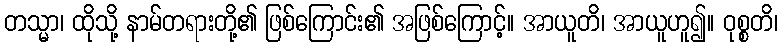
တသ္မာ၊ ထိုသို့ နာမ်တရားတို့၏ ဖြစ်ကြောင်း၏ အဖြစ်ကြောင့်။ အာယူတိ၊ အာယူဟူ၍။ ဝုစ္စတိ၊